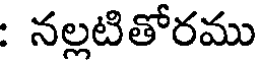
: నల్లటితోరము